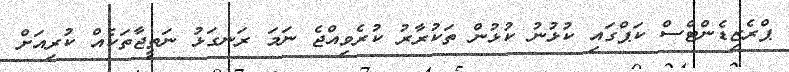
ޕްރެޒިޑެންޓްސް ކަޕްގައި ކުޅުނު ކުޅުން ތަކުރާރު ކުރެވިއްޖެ ނަމަ ރަނގަޅު ނަތީޖާތަކެއް ކުރިއަށް